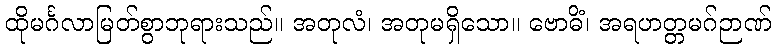
ထိုမင်္ဂလာမြတ်စွာဘုရားသည်။ အတုလံ၊ အတုမရှိသော။ ဗောဓိံ၊ အရဟတ္တမဂ်ဉာဏ်